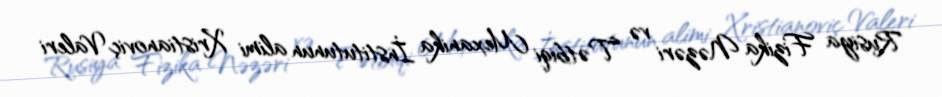
Rusiya Fizika Nəzəri və Tətbiqi Mexanika İnstitutunun alimi Xristianoviç Valeri